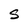
Character: S